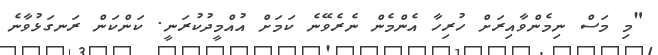
"މި މަސް ނިމެންވާއިރަށް ހުރިހާ އެންމެން ނެރެވޭނެ ކަމަށް އުއްމީދުކުރަނީ. ކަންކަން ރަނގަޅުވާނެ